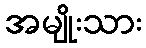
အမျိုးသား